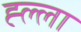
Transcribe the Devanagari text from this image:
ह्ल्ला